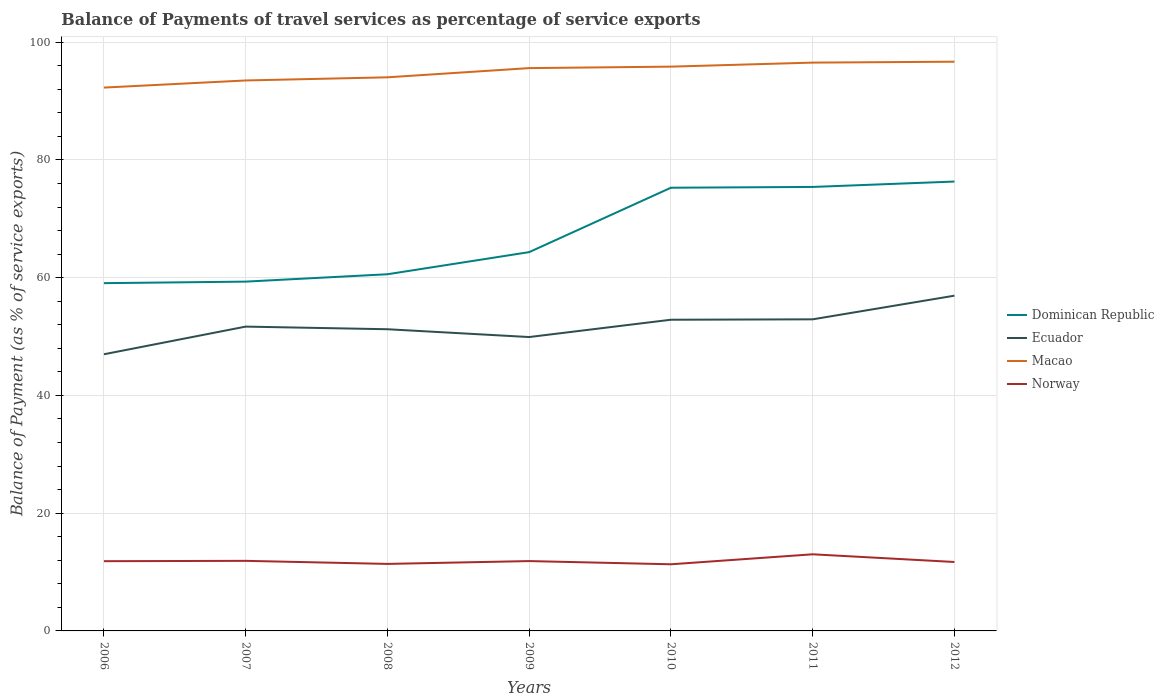
| Years | Dominican Republic | Ecuador | Macao | Norway |
 | --- | --- | --- | --- | --- |
 | 2006 | 59.1 | 47 | 92.3 | 11.8 |
 | 2007 | 59.3 | 51.7 | 93.5 | 11.9 |
 | 2008 | 60.6 | 51.2 | 94 | 11.4 |
 | 2009 | 64.3 | 49.9 | 95.6 | 11.9 |
 | 2010 | 75.3 | 52.9 | 95.8 | 11.3 |
 | 2011 | 75.4 | 52.9 | 96.5 | 13 |
 | 2012 | 76.3 | 56.9 | 96.7 | 11.7 |